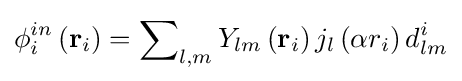
\phi _{i}^{in}\left({{\bf {r}}_{i}}\right)=\sum \nolimits _{l,m}{{Y_{lm}}\left({{\bf {r}}_{i}}\right){j_{l}}\left({\alpha {r_{i}}}\right)d_{lm}^{i}}